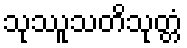
သုဿူသတိသုတ္တံ